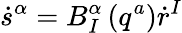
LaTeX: \dot{s}^{\alpha}=B_{I}^{\alpha}\left(q^{a}\right)\dot{r}^{I}